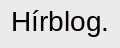
Hírblog.